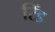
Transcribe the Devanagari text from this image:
रिंड